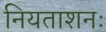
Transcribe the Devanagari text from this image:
नियताशनः